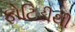
ફોટિડીથી